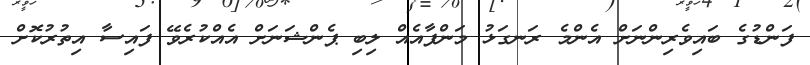
ފަންޑުގެ ބައިވެރިންނަށް އެންމެ ރަނގަޅު މަންފާއެއް ލިބި ޕެންޝަނަށް އެއްކުރެވޭ ފައިސާ އިތުރުކޮށް